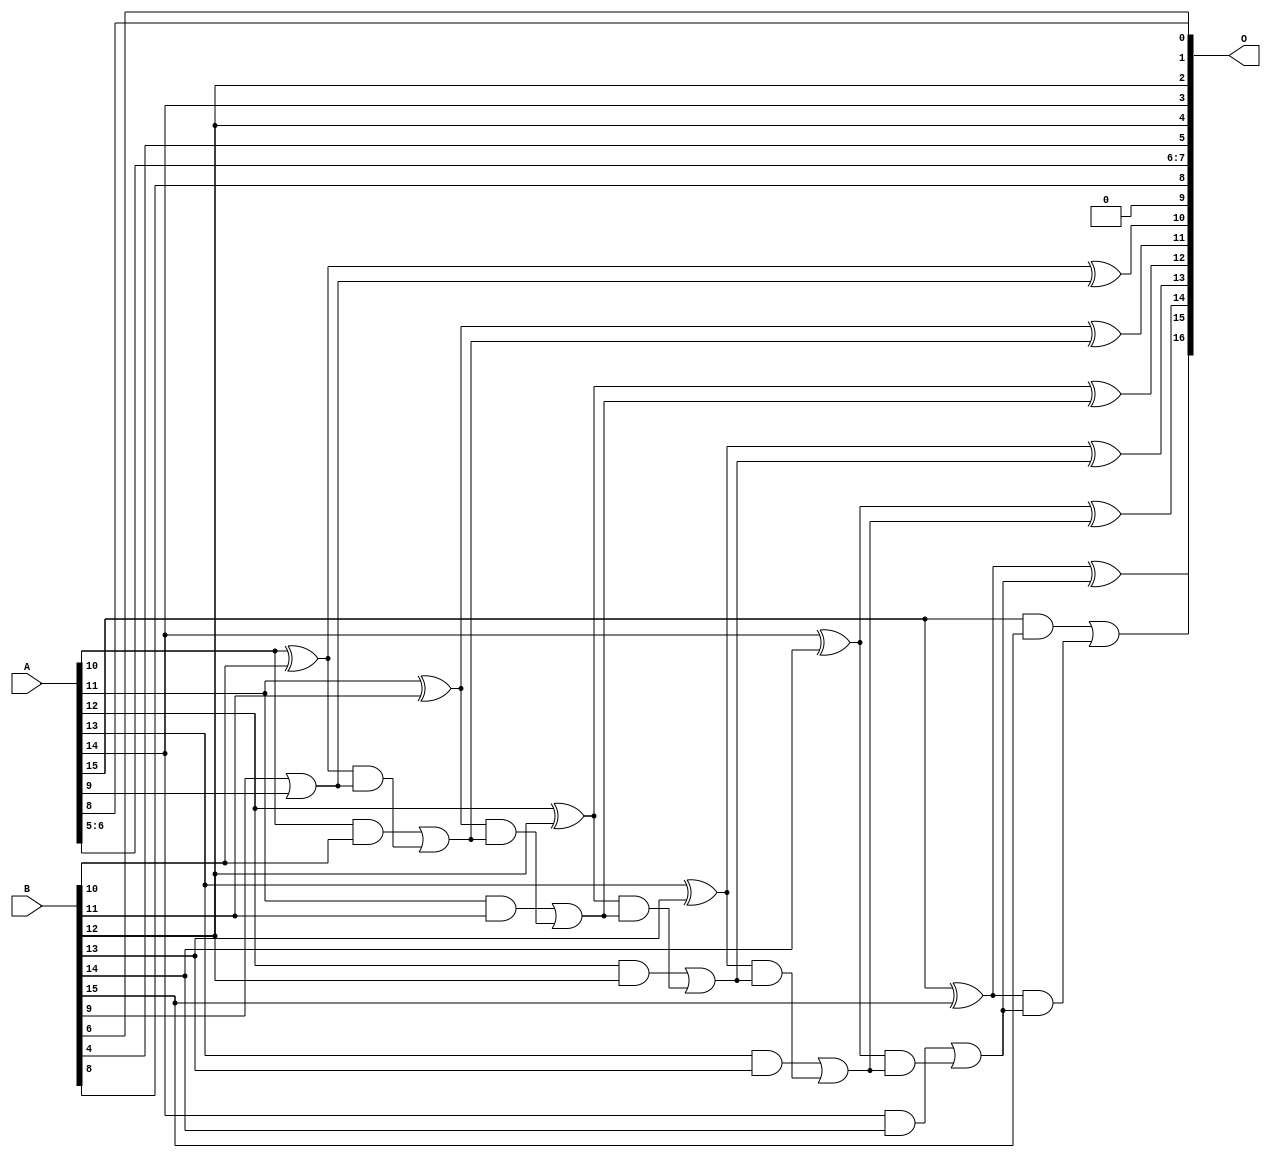
// This program was cloned from: https://github.com/ehw-fit/evoapproxlib
// License: MIT License

/***
* This code is a part of EvoApproxLib library (ehw.fit.vutbr.cz/approxlib) distributed under The MIT License.
* When used, please cite the following article(s):  
* This file contains a circuit from a sub-set of pareto optimal circuits with respect to the pwr and wce parameters
***/
// MAE% = 0.20 %
// MAE = 261 
// WCE% = 0.50 %
// WCE = 652 
// WCRE% = 100.00 %
// EP% = 99.90 %
// MRE% = 0.55 %
// MSE = 92768 
// PDK45_PWR = 0.027 mW
// PDK45_AREA = 55.8 um2
// PDK45_DELAY = 0.54 ns


module add16u_02U(A, B, O);
  input [15:0] A, B;
  output [16:0] O;
  wire sig_78, sig_79, sig_80, sig_81, sig_83, sig_84;
  wire sig_85, sig_86, sig_88, sig_89, sig_90, sig_91;
  wire sig_93, sig_94, sig_95, sig_96, sig_98, sig_99;
  wire sig_100, sig_101, sig_103, sig_104, sig_105, sig_106;
  assign O[5] = B[4];
  assign O[9] = 1'b0;
  assign O[8] = B[8];
  assign O[1] = B[6];
  assign sig_78 = B[9] | A[9];
  assign sig_79 = A[10] ^ B[10];
  assign sig_80 = A[10] & B[10];
  assign sig_81 = sig_79 & sig_78;
  assign O[10] = sig_79 ^ sig_78;
  assign sig_83 = sig_80 | sig_81;
  assign sig_84 = A[11] ^ B[11];
  assign sig_85 = A[11] & B[11];
  assign sig_86 = sig_84 & sig_83;
  assign O[11] = sig_84 ^ sig_83;
  assign sig_88 = sig_85 | sig_86;
  assign sig_89 = A[12] ^ B[12];
  assign sig_90 = A[12] & B[12];
  assign sig_91 = sig_89 & sig_88;
  assign O[12] = sig_89 ^ sig_88;
  assign sig_93 = sig_90 | sig_91;
  assign sig_94 = A[13] ^ B[13];
  assign sig_95 = A[13] & B[13];
  assign sig_96 = sig_94 & sig_93;
  assign O[13] = sig_94 ^ sig_93;
  assign sig_98 = sig_95 | sig_96;
  assign sig_99 = A[14] ^ B[14];
  assign sig_100 = A[14] & B[14];
  assign sig_101 = sig_99 & sig_98;
  assign O[14] = sig_99 ^ sig_98;
  assign sig_103 = sig_100 | sig_101;
  assign sig_104 = A[15] ^ B[15];
  assign sig_105 = A[15] & B[15];
  assign sig_106 = sig_104 & sig_103;
  assign O[15] = sig_104 ^ sig_103;
  assign O[16] = sig_105 | sig_106;
  assign O[0] = A[8];
  assign O[2] = B[12];
  assign O[3] = A[14];
  assign O[4] = B[12];
  assign O[6] = A[5];
  assign O[7] = A[6];
endmodule